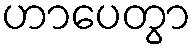
ဟာပေတွာ